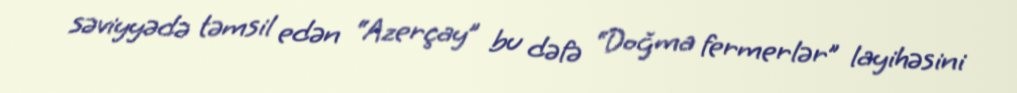
səviyyədə təmsil edən “Azerçay” bu dəfə “Doğma fermerlər” layihəsini